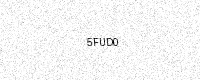
Text: 5FUD0